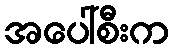
အပေါ်စီးက